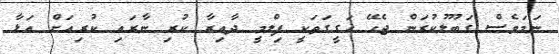
ނަމަވެސް ގަބޫލުކުރަން ޖެހޭ ހަގީގަތަކީ ފިލްމީ ދާއިރާ ކުރި ނާރައި ކުރިއަށް އަޅާ